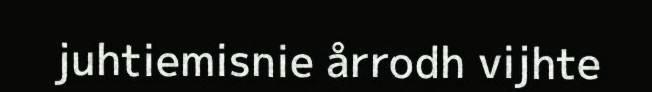
juhtiemisnie årrodh vijhte